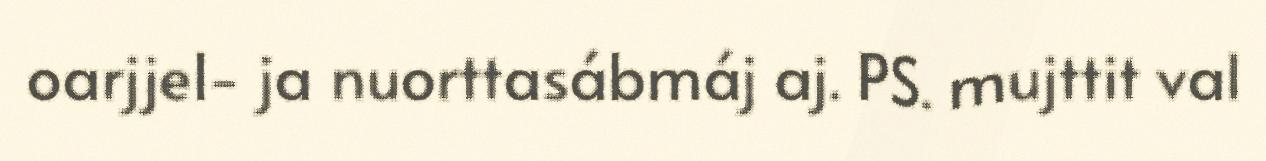
oarjjel- ja nuorttasábmáj aj. PS. mujttit val